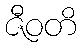
ဇီဝတိ